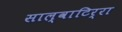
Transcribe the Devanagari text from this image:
साल्वाटिर्‍रा